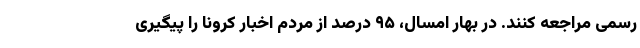
رسمی مراجعه کنند. در بهار امسال، ۹۵ درصد از مردم اخبار کرونا را پیگیری